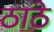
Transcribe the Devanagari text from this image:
ठांठे